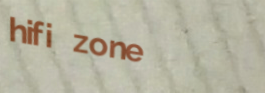
hifi zone